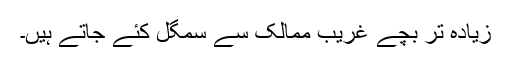
زیادہ تر بچے غریب ممالک سے سمگل کئے جاتے ہیں۔